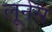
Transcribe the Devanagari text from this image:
लूनेस